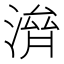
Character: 𣺴